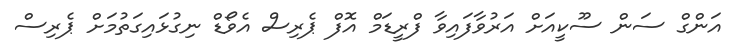
އަންގް ސަން ސޫކީއަށް އަރުވާފައިވާ ފްރީޑަމް އޮފް ޕެރިސް އެވޯޑް ނިގުޅައިގަތުމަށް ޕެރިސް